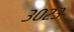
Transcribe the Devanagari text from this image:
३०२३